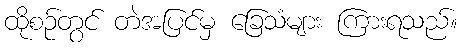
ထိုစဉ်တွင် တဲအပြင်မှ ခြေသံများ ကြားရသည်။